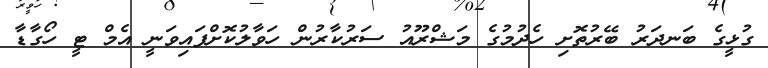
ގުޅީގެ ބަނދަރު ބޭރުތޮށި ހެދުމުގެ މަޝްރޫއު ސަރުކާރުން ހަވާލުކޮށްފައިވަނީ އެމް ޓީ ހޯގާޑާ